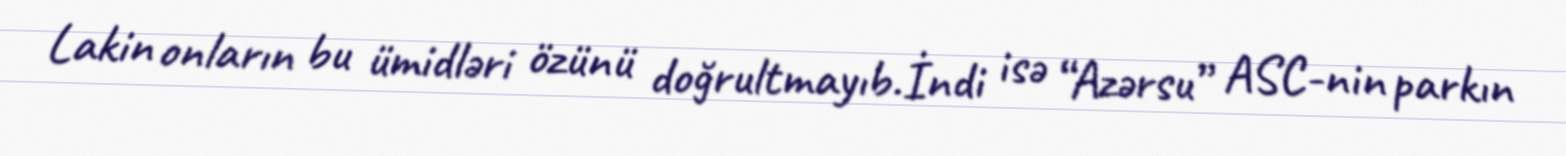
Lakin onların bu ümidləri özünü doğrultmayıb.İndi isə “Azərsu” ASC-nin parkın